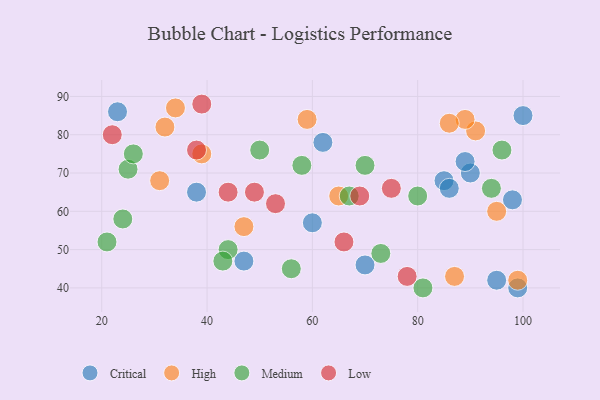
{"axis": {"x": "GDP", "y": "Life Expectancy"}, "legend": ["Critical", "High", "Low", "Medium"], "data": [{"x": "47", "y": 47, "type": "Critical"}, {"x": "98", "y": 63, "type": "Critical"}, {"x": "100", "y": 85, "type": "Critical"}, {"x": "38", "y": 65, "type": "Critical"}, {"x": "99", "y": 40, "type": "Critical"}, {"x": "23", "y": 86, "type": "Critical"}, {"x": "85", "y": 68, "type": "Critical"}, {"x": "60", "y": 57, "type": "Critical"}, {"x": "90", "y": 70, "type": "Critical"}, {"x": "89", "y": 73, "type": "Critical"}, {"x": "70", "y": 46, "type": "Critical"}, {"x": "95", "y": 42, "type": "Critical"}, {"x": "62", "y": 78, "type": "Critical"}, {"x": "86", "y": 66, "type": "Critical"}, {"x": "39", "y": 75, "type": "High"}, {"x": "87", "y": 43, "type": "High"}, {"x": "34", "y": 87, "type": "High"}, {"x": "91", "y": 81, "type": "High"}, {"x": "65", "y": 64, "type": "High"}, {"x": "89", "y": 84, "type": "High"}, {"x": "86", "y": 83, "type": "High"}, {"x": "99", "y": 42, "type": "High"}, {"x": "47", "y": 56, "type": "High"}, {"x": "31", "y": 68, "type": "High"}, {"x": "95", "y": 60, "type": "High"}, {"x": "32", "y": 82, "type": "High"}, {"x": "59", "y": 84, "type": "High"}, {"x": "70", "y": 72, "type": "Medium"}, {"x": "24", "y": 58, "type": "Medium"}, {"x": "25", "y": 71, "type": "Medium"}, {"x": "21", "y": 52, "type": "Medium"}, {"x": "44", "y": 50, "type": "Medium"}, {"x": "94", "y": 66, "type": "Medium"}, {"x": "58", "y": 72, "type": "Medium"}, {"x": "80", "y": 64, "type": "Medium"}, {"x": "81", "y": 40, "type": "Medium"}, {"x": "56", "y": 45, "type": "Medium"}, {"x": "26", "y": 75, "type": "Medium"}, {"x": "50", "y": 76, "type": "Medium"}, {"x": "73", "y": 49, "type": "Medium"}, {"x": "43", "y": 47, "type": "Medium"}, {"x": "67", "y": 64, "type": "Medium"}, {"x": "96", "y": 76, "type": "Medium"}, {"x": "75", "y": 66, "type": "Low"}, {"x": "69", "y": 64, "type": "Low"}, {"x": "22", "y": 80, "type": "Low"}, {"x": "38", "y": 76, "type": "Low"}, {"x": "49", "y": 65, "type": "Low"}, {"x": "39", "y": 88, "type": "Low"}, {"x": "78", "y": 43, "type": "Low"}, {"x": "44", "y": 65, "type": "Low"}, {"x": "53", "y": 62, "type": "Low"}, {"x": "66", "y": 52, "type": "Low"}]}